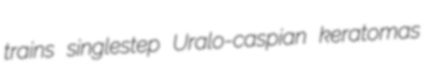
trains singlestep Uralo-caspian keratomas